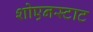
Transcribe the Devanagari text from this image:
शोएनस्टाट